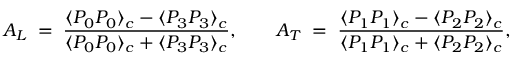
A _ { L } \; = \; { \frac { \displaystyle \langle P _ { 0 } P _ { 0 } \rangle _ { c } - \langle P _ { 3 } P _ { 3 } \rangle _ { c } } { \displaystyle \langle P _ { 0 } P _ { 0 } \rangle _ { c } + \langle P _ { 3 } P _ { 3 } \rangle _ { c } } } , \quad \quad A _ { T } \; = \; { \frac { \displaystyle \langle P _ { 1 } P _ { 1 } \rangle _ { c } - \langle P _ { 2 } P _ { 2 } \rangle _ { c } } { \displaystyle \langle P _ { 1 } P _ { 1 } \rangle _ { c } + \langle P _ { 2 } P _ { 2 } \rangle _ { c } } } ,